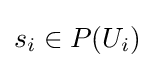
s_{i}\in P(U_{i})